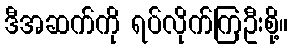
ဒီအဆက်ကို ရပ်လိုက်ကြဦးစို့။